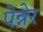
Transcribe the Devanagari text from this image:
पेन्नेर